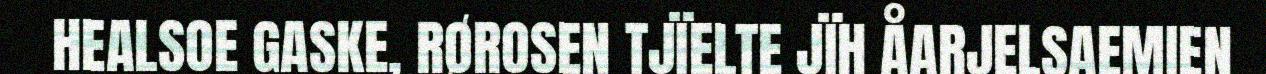
HEALSOE GASKE, RØROSEN TJÏELTE JÏH ÅARJELSAEMIEN